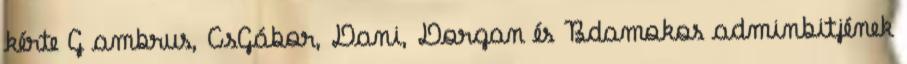
kérte G ambrus, CsGábor, Dani, Dorgan és Bdamokos adminbitjének